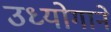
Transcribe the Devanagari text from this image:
उध्योगाने